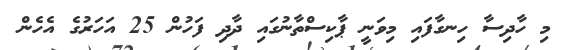
މި ހާދިސާ ހިނގާފައި މިވަނީ ޕާކިސްތާނުގައި ދާދި ފަހުން 25 އަހަރުގެ އެހެން